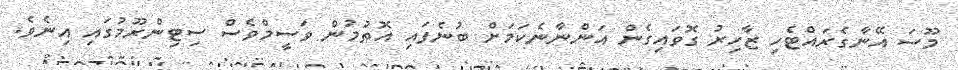
މޫސަ އޭނާގެރައްޓެހި ޒާހިރު ގޮވައިގެން އަންނާނެކަމަށް ބުނެފައި އޮތުމުން ވަސީމްވެސް ސިޓިންރޫމުގައި އިނެވެ.